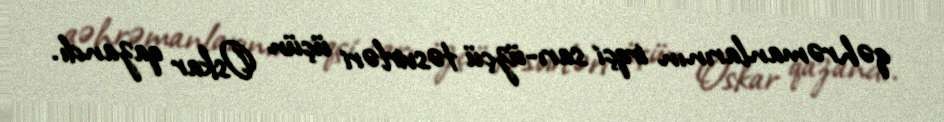
qəhrəmanlarının irqçi sarı-üzçü təsvirləri üçün Oskar qazandı.